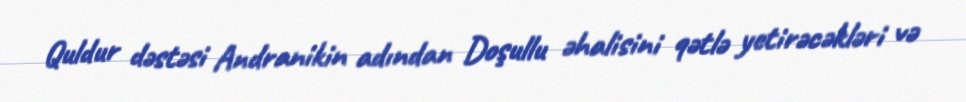
Quldur dəstəsi Andranikin adından Doşullu əhalisini qətlə yetirəcəkləri və